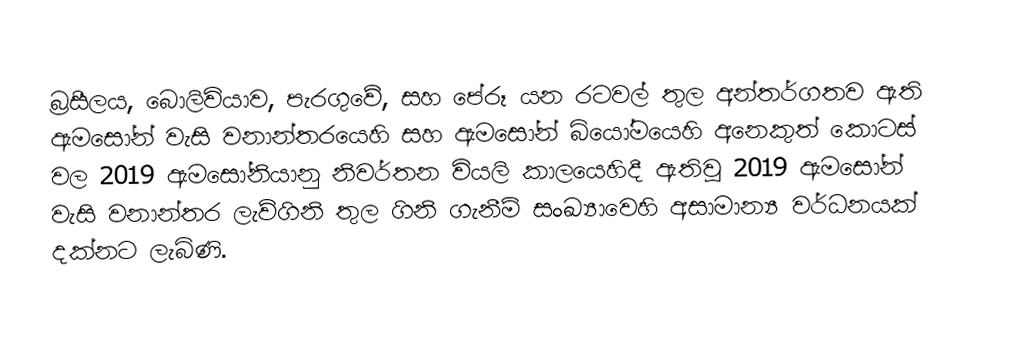
බ්‍රසීලය, බොලිවියාව, පැරගුවේ, සහ පේරූ යන රටවල් තුල අන්තර්ගතව ඇති  ඇමසෝන් වැසි වනාන්තරයෙහි සහ ඇමසෝන් බියෝමයෙහි අනෙකුත් කොටස් වල 2019 ඇමසෝනියානු නිවර්තන වියලි කාලයෙහිදී ඇතිවූ 2019 ඇමසෝන් වැසි වනාන්තර ලැව්ගිනි තුල ගිනි ගැනීම් සංඛ්‍යාවෙහි අසාමාන්‍ය වර්ධනයක් දක්නට ලැබිණි.